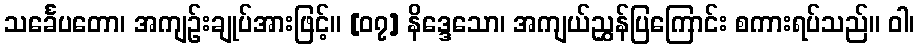
သင်္ခေပတော၊ အကျဉ်းချုပ်အားဖြင့်။ [၀၇] နိဒ္ဒေသော၊ အကျယ်ညွှန်ပြကြောင်း စကားရပ်သည်။ ဝါ၊